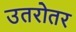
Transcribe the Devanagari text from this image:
उतरोतर